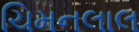
ચિમનલાલ